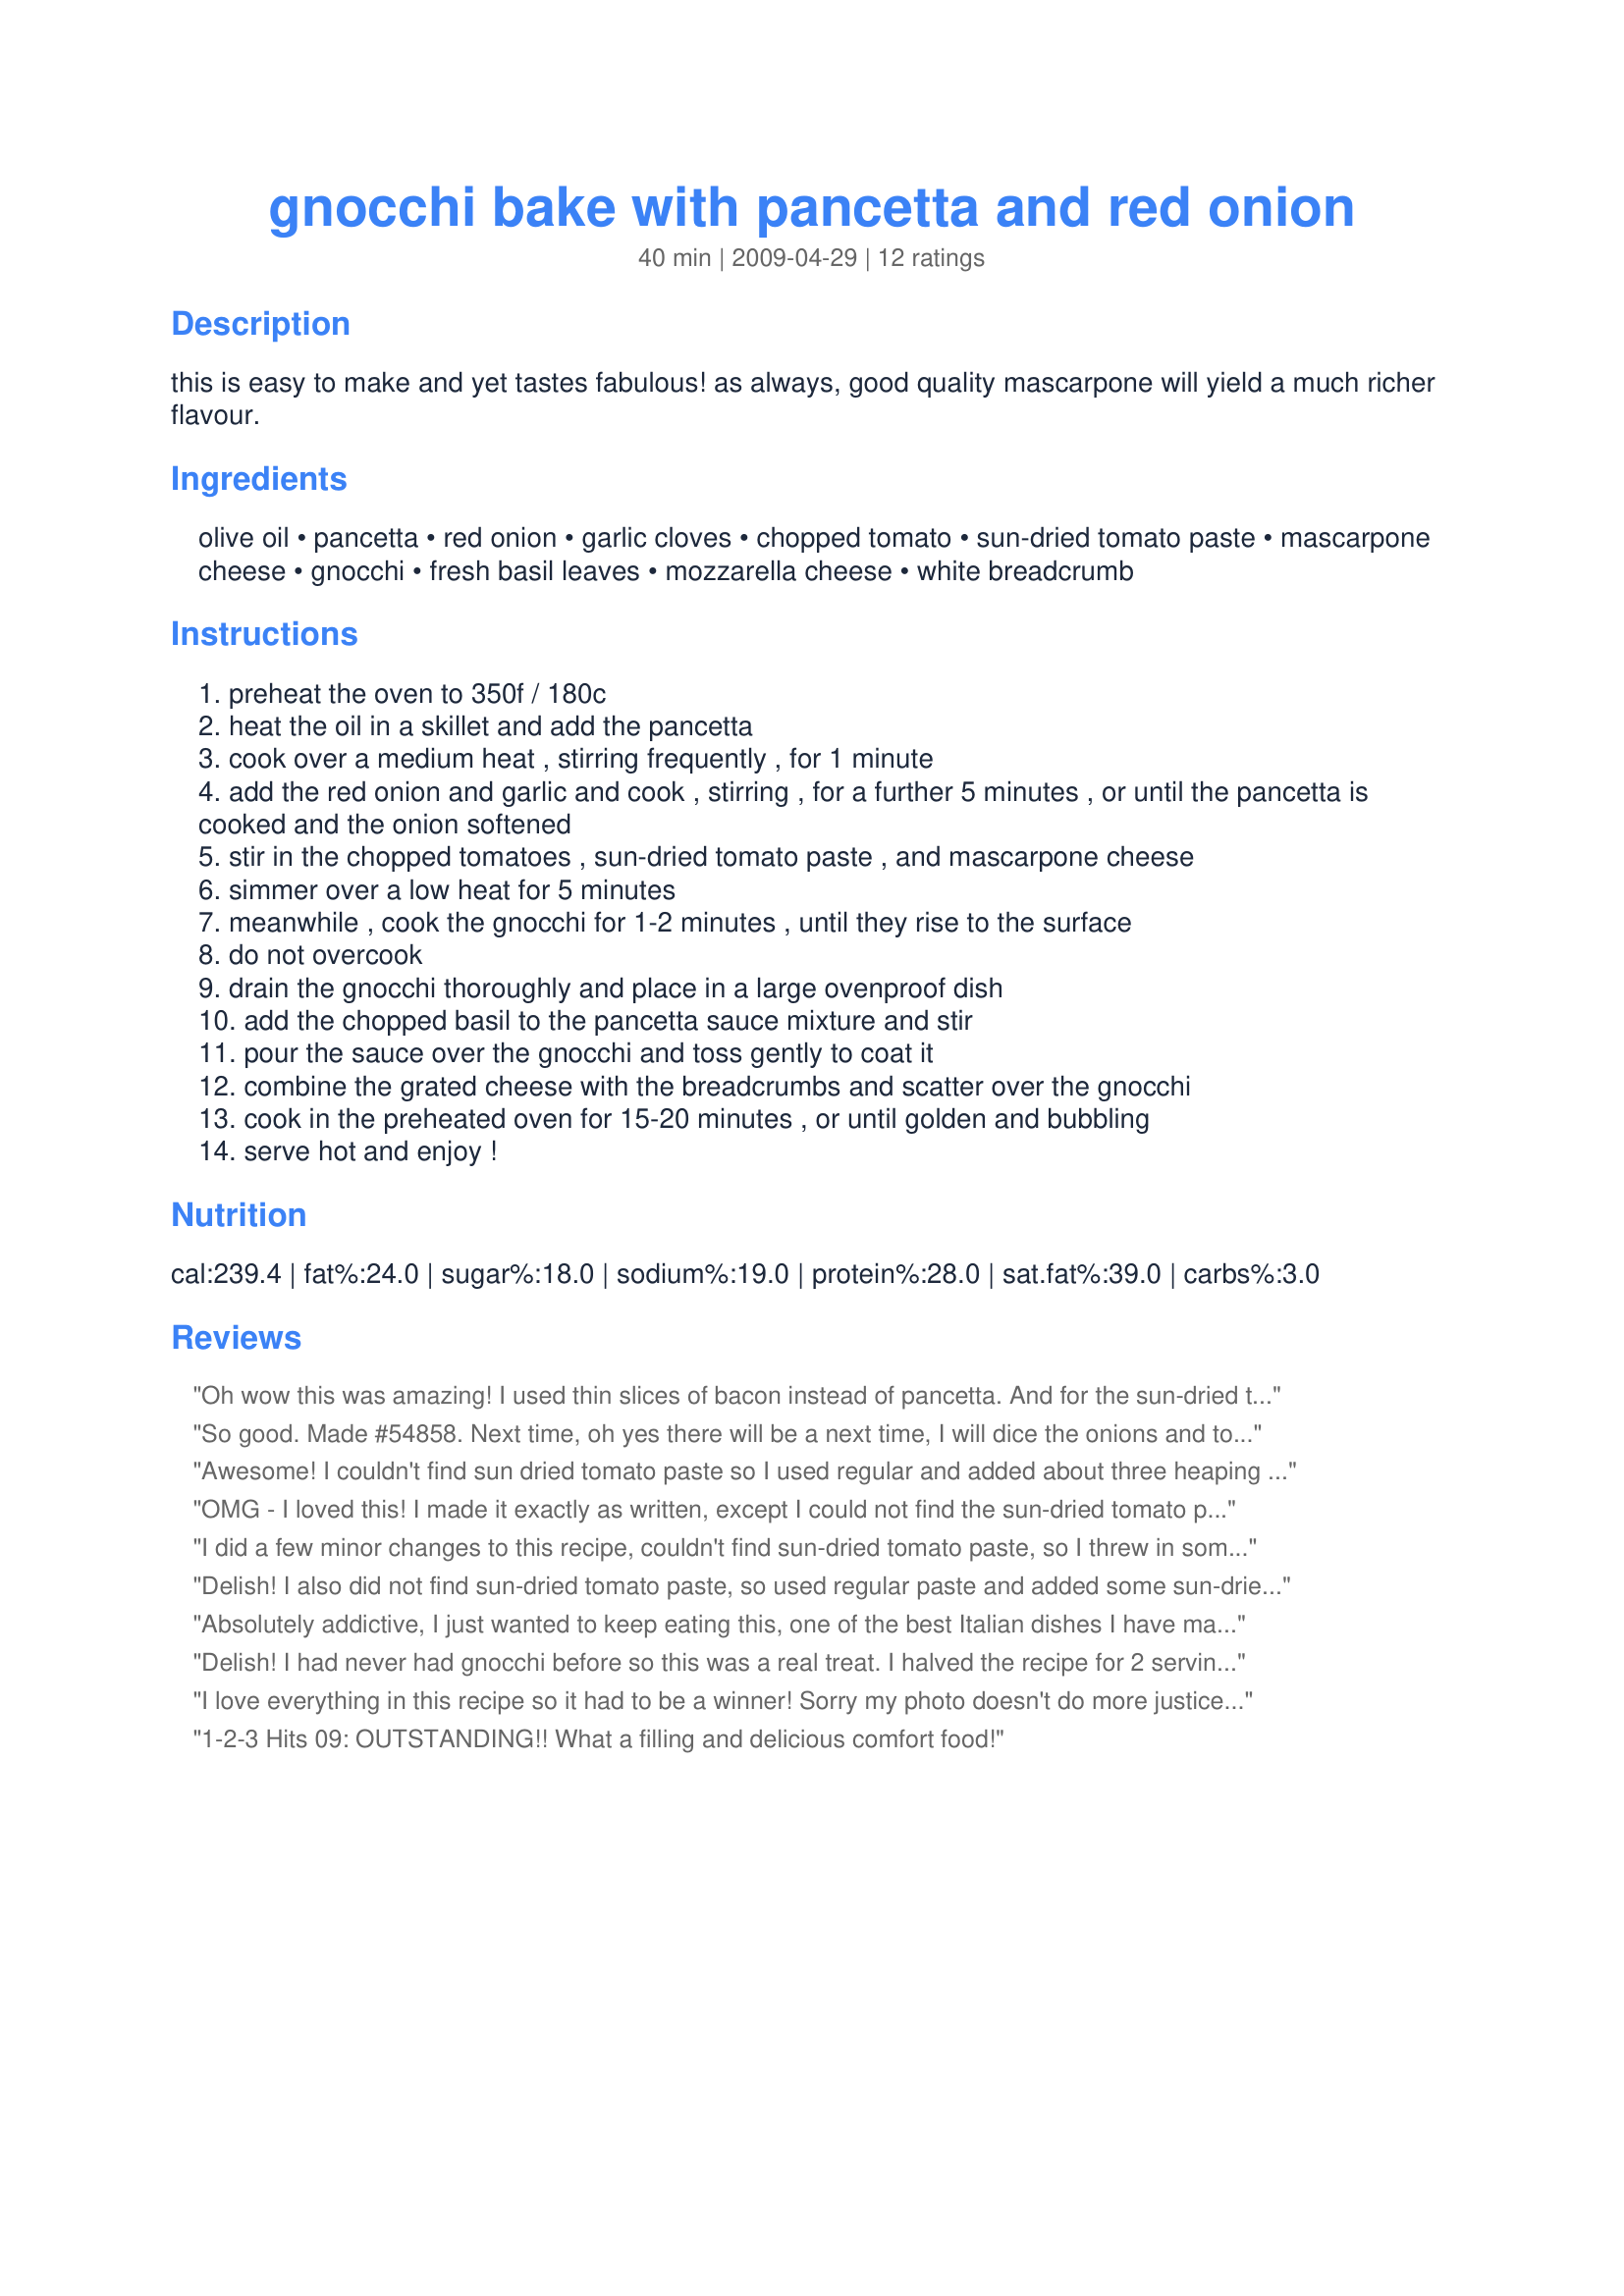
gnocchi bake with pancetta and red onion
Preparation time: 40 minutes

this is easy to make and yet tastes fabulous! as always, good quality mascarpone will yield a much richer flavour.

Ingredients:
olive oil, pancetta, red onion, garlic cloves, chopped tomato, sun-dried tomato paste, mascarpone cheese, gnocchi, fresh basil leaves, mozzarella cheese, white breadcrumb

Steps:
preheat the oven to 350f / 180c
heat the oil in a skillet and add the pancetta
cook over a medium heat , stirring frequently , for 1 minute
add the red onion and garlic and cook , stirring , for a further 5 minutes , or until the pancetta is cooked and the onion softened
stir in the chopped tomatoes , sun-dried tomato paste , and mascarpone cheese
simmer over a low heat for 5 minutes
meanwhile , cook the gnocchi for 1-2 minutes , until they rise to the surface
do not overcook
drain the gnocchi thoroughly and place in a large ovenproof dish
add the chopped basil to the pancetta sauce mixture and stir
pour the sauce over the gnocchi and toss gently to coat it
combine the grated cheese with the breadcrumbs and scatter over the gnocchi
cook in the preheated oven for 15-20 minutes , or until golden and bubbling
serve hot and enjoy !

Reviews:
Oh wow this was amazing! I used thin slices of bacon instead of pancetta. And for the sun-dried tomatoe paste I just used a stick blender to make a paste and added a little oil. I used the "potato Gnocchi" recipe by MermaidMagic. TY Shuzbud
So good. Made #54858. Next time, oh yes there will be a next time, I will dice the onions and tomatoes finer. We made a 1/2 batch, thankfully because I think the 2 of us would of ate it all.
Awesome! I couldn't find sun dried tomato paste so I used regular and added about three heaping tbs. of chopped sun dried tomatoes. I was also out of basil, even dried, but it was still fantastic. My family absolutely loved this dish, thanks so much for posting!
OMG - I loved this! I made it exactly as written, except I could not find the sun-dried tomato paste, so just used regular. I will be making this again! Made for Please Review My Recipe Tag Game.
I did a few minor changes to this recipe, couldn't find sun-dried tomato paste, so I threw in some chopped sun-dried tomatoes, used canned drained chopped tomatoes, bacon replaced the pancetta and added in crushed chili flakes, I made this using my recipe#139271 thanks for sharing Shuzbud, we enjoyed this recipe!
Delish! I also did not find sun-dried tomato paste, so used regular paste and added some sun-dried tomatoes. I also used bacon, I find pancetta too salty for my taste. Thanks for posting!
Absolutely addictive, I just wanted to keep eating this, one of the best Italian dishes I have made! I used Recipe #338498 for the gnocchi and added 2 tbsp chopped sun-dried tomatoes to regular tomato paste. I did leave out the onion as I usually don't care for onion, but it still had plenty of flavor. Thanks for posting, we will enjoy this again and again :) Made for Holiday tag.
Delish! I had never had gnocchi before so this was a real treat. I halved the recipe for 2 servings and couldn't find sun-dried tomato paste, so did as others and used regular tomato paste and added some sun-dried tomatoes. Loved the pancetta in this! Thanks Shuzbud for a brand new taste sensation. Made for ZWT7 by a fellow Emerald City Shaker.
I love everything in this recipe so it had to be a winner! Sorry my photo doesn't do more justice to a marvellous Italian treat, firm potato gnocchi baked in a rich tomato sauce, such a profusion of flavours from the delicate to the robust, and they blend together so well. the cheese and breadcrumb topping is indeed the ultimate topping to a wonderful dish, I could have happily eaten all this by myself (might have taken me a while, but I could have! :) )

Quite quickly made, this can be a treat any time of the week.

Absolutely loved it, Shuzbud, thank you for a marvellous recipe!
1-2-3 Hits 09: OUTSTANDING!! What a filling and delicious comfort food!
Excellent and very quick! I cheated a bit though...I made the sauce in a large saute pan, cooked the gnocchi and then stirred them into the sauce. I then stirred in the mozzarella and served (skipped the baking step). I did use twice the amount of gnocchi. Prepared and served in 10-15 minutes...perfect dinner after a busy work day. The whole family enjoyed. Thank you.
Judging by the other reviews, I doubled this. I only had one red onion, and like everyone else couldn't find sun-dried tomato paste, but did find spread, so I used that. I thought it was good; my family seemed to like it. However, I didn't give it the 5th star because we are all sick and couldn't enjoy it to it's fullest! I'll try again when we can breathe and taste!
